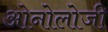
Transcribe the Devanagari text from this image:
ओनोलोजी